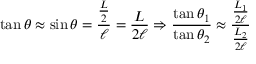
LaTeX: \tan \theta \approx \sin \theta = { \frac { \frac { L } { 2 } } { \ell } } = { \frac { L } { 2 \ell } } \Rightarrow { \frac { \tan \theta _ { 1 } } { \tan \theta _ { 2 } } } \approx { \frac { \frac { L _ { 1 } } { 2 \ell } } { \frac { L _ { 2 } } { 2 \ell } } }